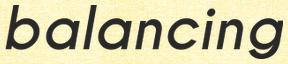
balancing